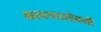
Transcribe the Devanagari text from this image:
कामगाराऐवजी